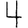
Digit: 4